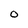
Character: 0